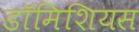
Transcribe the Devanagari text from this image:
डॉमिशियस